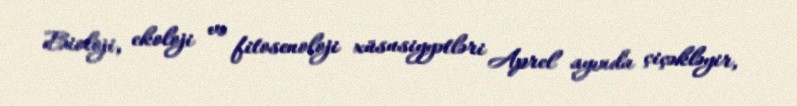
Bioloji, ekoloji və fitosenoloji xüsusiyyətləri Aprel ayında çiçəkləyir,